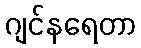
ဂျင်နရေတာ